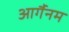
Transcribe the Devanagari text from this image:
आर्गैनम